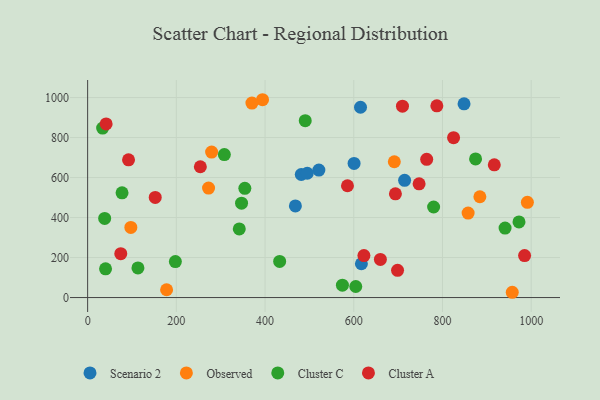
{"axis": {"x": "Experience", "y": "Fuel Efficiency"}, "legend": ["Cluster A", "Cluster C", "Observed", "Scenario 2"], "data": [{"x": "848.6", "y": 968.6, "type": "Scenario 2"}, {"x": "714.6", "y": 586.2, "type": "Scenario 2"}, {"x": "617.2", "y": 169.0, "type": "Scenario 2"}, {"x": "481.6", "y": 615.3, "type": "Scenario 2"}, {"x": "521.3", "y": 637.4, "type": "Scenario 2"}, {"x": "600.7", "y": 670.6, "type": "Scenario 2"}, {"x": "468.4", "y": 458.1, "type": "Scenario 2"}, {"x": "495.2", "y": 621.4, "type": "Scenario 2"}, {"x": "615.2", "y": 951.5, "type": "Scenario 2"}, {"x": "394.3", "y": 989.1, "type": "Observed"}, {"x": "97.4", "y": 350.7, "type": "Observed"}, {"x": "370.4", "y": 972.3, "type": "Observed"}, {"x": "991.4", "y": 476.3, "type": "Observed"}, {"x": "857.8", "y": 422.4, "type": "Observed"}, {"x": "691.4", "y": 679.0, "type": "Observed"}, {"x": "957.3", "y": 26.4, "type": "Observed"}, {"x": "272.6", "y": 547.5, "type": "Observed"}, {"x": "884.3", "y": 503.9, "type": "Observed"}, {"x": "279.5", "y": 727.6, "type": "Observed"}, {"x": "178.0", "y": 39.0, "type": "Observed"}, {"x": "197.8", "y": 179.7, "type": "Cluster C"}, {"x": "354.4", "y": 546.2, "type": "Cluster C"}, {"x": "40.4", "y": 143.7, "type": "Cluster C"}, {"x": "33.8", "y": 847.4, "type": "Cluster C"}, {"x": "941.1", "y": 347.3, "type": "Cluster C"}, {"x": "38.4", "y": 395.8, "type": "Cluster C"}, {"x": "113.4", "y": 148.0, "type": "Cluster C"}, {"x": "77.6", "y": 523.6, "type": "Cluster C"}, {"x": "490.6", "y": 884.4, "type": "Cluster C"}, {"x": "604.5", "y": 55.3, "type": "Cluster C"}, {"x": "341.9", "y": 343.2, "type": "Cluster C"}, {"x": "347.0", "y": 471.8, "type": "Cluster C"}, {"x": "308.2", "y": 714.9, "type": "Cluster C"}, {"x": "780.0", "y": 452.7, "type": "Cluster C"}, {"x": "972.5", "y": 378.0, "type": "Cluster C"}, {"x": "432.9", "y": 180.5, "type": "Cluster C"}, {"x": "874.6", "y": 692.9, "type": "Cluster C"}, {"x": "574.4", "y": 62.0, "type": "Cluster C"}, {"x": "41.7", "y": 868.3, "type": "Cluster A"}, {"x": "254.1", "y": 654.0, "type": "Cluster A"}, {"x": "92.2", "y": 688.7, "type": "Cluster A"}, {"x": "916.8", "y": 663.7, "type": "Cluster A"}, {"x": "709.8", "y": 956.7, "type": "Cluster A"}, {"x": "787.3", "y": 958.5, "type": "Cluster A"}, {"x": "764.4", "y": 691.3, "type": "Cluster A"}, {"x": "585.8", "y": 559.0, "type": "Cluster A"}, {"x": "622.9", "y": 209.9, "type": "Cluster A"}, {"x": "660.0", "y": 190.7, "type": "Cluster A"}, {"x": "698.7", "y": 136.2, "type": "Cluster A"}, {"x": "693.9", "y": 518.4, "type": "Cluster A"}, {"x": "152.4", "y": 500.5, "type": "Cluster A"}, {"x": "747.3", "y": 568.5, "type": "Cluster A"}, {"x": "74.7", "y": 219.3, "type": "Cluster A"}, {"x": "985.1", "y": 210.0, "type": "Cluster A"}, {"x": "825.0", "y": 799.4, "type": "Cluster A"}]}